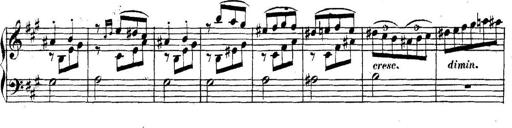
Title: Collected Piano Sonatas
Composer: Muzio Clementi